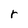
Character: r